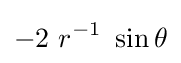
-2~r^{-1}~\sin \theta